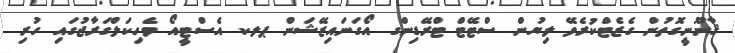
ޤާނޫނީގޮތުން ގެޒެޓްކުރެވޭ ލިޔުން ސްޓޭޓް ޓްރޭޑިންގ އޯގަނައިޒޭޝަން ޕލކ އެސްޓީއޯ ވެހިކަލްގަރާޖުގައި ހުރި